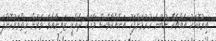
އިރުކޮޅަކު އެއްޗެކޭ ނުބުނެ ހުރުމަށްފަހު އަނެއްކާވެސް ވާހަކަ ދެއްކީ ޒައިނާއެވެ. ވަރަށް ހިތްވަރުކޮށްފަ